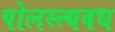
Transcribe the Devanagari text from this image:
पोलस्त्यवध